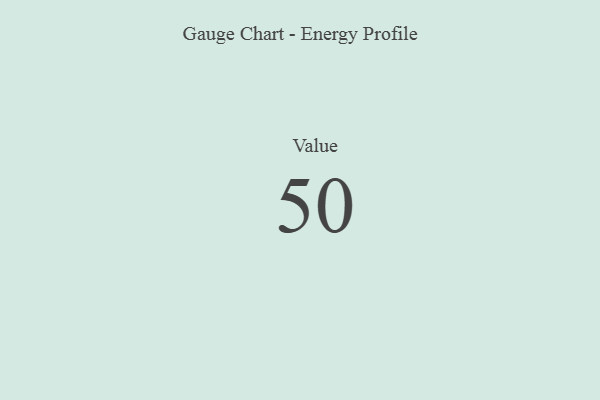
{"axis": {"x": "Metric", "y": "Value"}, "legend": [""], "data": [{"x": "Value", "y": 50, "type": ""}]}